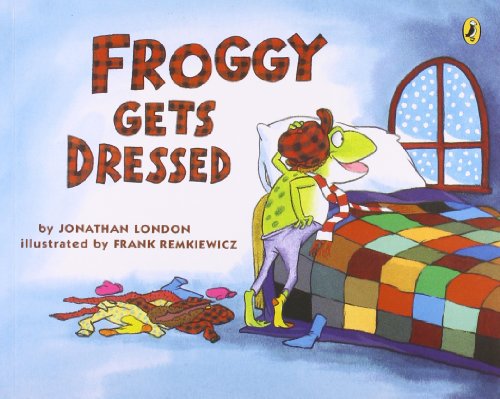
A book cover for Froggy Gets Dressed; Jonathan London; Children's Books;